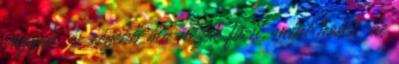
vagyok, és régebb óta nézek focit, mint hokit, de